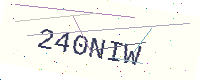
Text: 240NIW